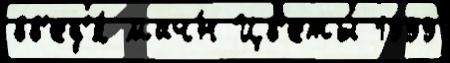
вв'ед'я́ мач́н Цв'еты́ 1999